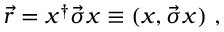
\vec { r } = x ^ { \dagger } \vec { \sigma } x \equiv ( x , \vec { \sigma } x ) ~ ,